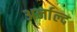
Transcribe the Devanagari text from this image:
अर्नाल्द